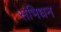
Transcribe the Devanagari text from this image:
सभिधन